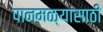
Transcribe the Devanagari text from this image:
पानमळ्यासाठी